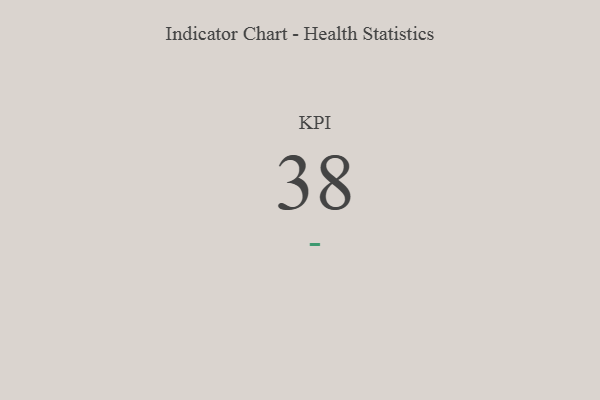
{"axis": {"x": "KPI", "y": "Value"}, "legend": [""], "data": [{"x": "KPI", "y": 38, "type": ""}]}